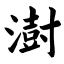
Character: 澍